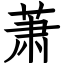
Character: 萧